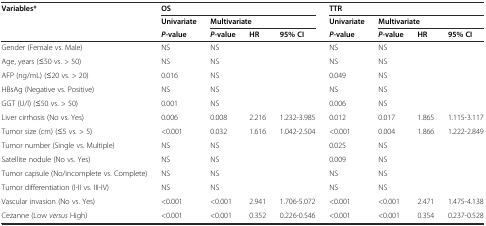
| <ROWSPAN=3> Variables* | <COLSPAN=4> OS | <COLSPAN=4> TTR |
 | Univariate | <COLSPAN=3> Multivariate | Univariate | <COLSPAN=3> Multivariate |
 | P-value | P-value | HR | 95% CI | P-value | P-value | HR | 95% CI |
 | --- | --- | --- | --- | --- | --- | --- | --- | --- |
 | Gender (Female vs. Male) | NS | NS |  |  | NS | NS |  |  |
 | Age, years (≤50 vs. > 50) | NS | NS |  |  | NS | NS |  |  |
 | AFP (ng/mL) (≤20 vs. > 20) | 0.016 | NS |  |  | 0.049 | NS |  |  |
 | HBsAg (Negative vs. Positive) | NS | NS |  |  | NS | NS |  |  |
 | GGT (U/l) (≤50 vs. > 50) | 0.001 | NS |  |  | 0.006 | NS |  |  |
 | Liver cirrhosis (No vs. Yes) | 0.006 | 0.008 | 2.216 | 1.232-3.985 | 0.012 | 0.017 | 1.865 | 1.115-3.117 |
 | Tumor size (cm) (≤5 vs. > 5) | <0.001 | 0.032 | 1.616 | 1.042-2.504 | <0.001 | 0.004 | 1.866 | 1.222-2.849 |
 | Tumor number (Single vs. Multiple) | NS | NS |  |  | 0.025 | NS |  |  |
 | Satellite nodule (No vs. Yes) | NS | NS |  |  | 0.009 | NS |  |  |
 | Tumor capsule (No/incomplete vs. Complete) | NS | NS |  |  | NS | NS |  |  |
 | Tumor differentiation (I-II vs. III-IV) | NS | NS |  |  | NS | NS |  |  |
 | Vascular invasion (No vs. Yes) | <0.001 | <0.001 | 2.941 | 1.706-5.072 | <0.001 | <0.001 | 2.471 | 1.475-4.138 |
 | Cezanne (Low versus High) | <0.001 | <0.001 | 0.352 | 0.226-0.546 | <0.001 | <0.001 | 0.354 | 0.237-0.528 |